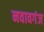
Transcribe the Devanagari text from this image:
नवावगंज